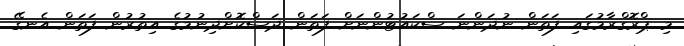
މި ޕްރޮގްރާމުގައި ފަތަން ނުދަންނަ ސްކައުޓުންނަށް ފަތަން ދަސްކޮށްދިނުމުގެ އިތުރުން ފަތަން އެނގޭ